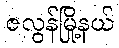
ဇလွန်မြို့နယ်